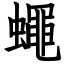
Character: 蠅